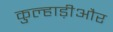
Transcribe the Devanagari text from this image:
कुल्हाड़ीऔर